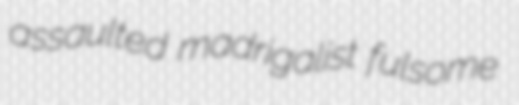
assaulted madrigalist fulsome